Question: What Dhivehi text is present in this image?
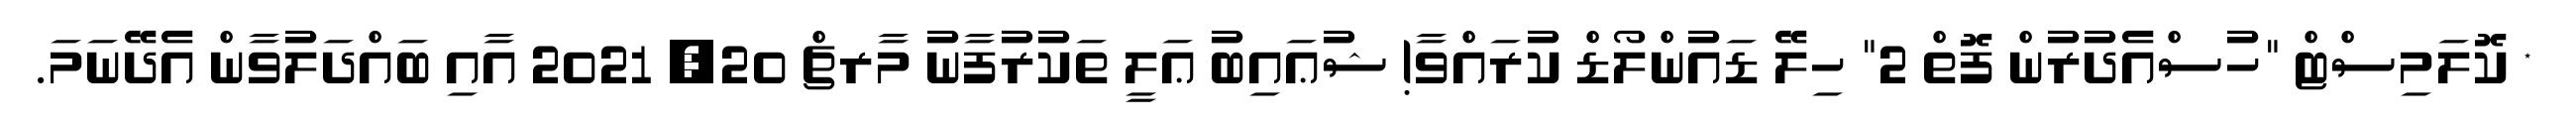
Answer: * ކޮލަމިސްޓް "ހުސްއެދުރުން ފޮތް 2" ހިލޭ ޑައުންލޯޑް ކުރައްވާ! ޝުޢައިބު ޢަލީ ތަކުރުފާނު މާރޗް 20, 2021 އާއި ބައްދަލުވާން އެދޭނަމަ.